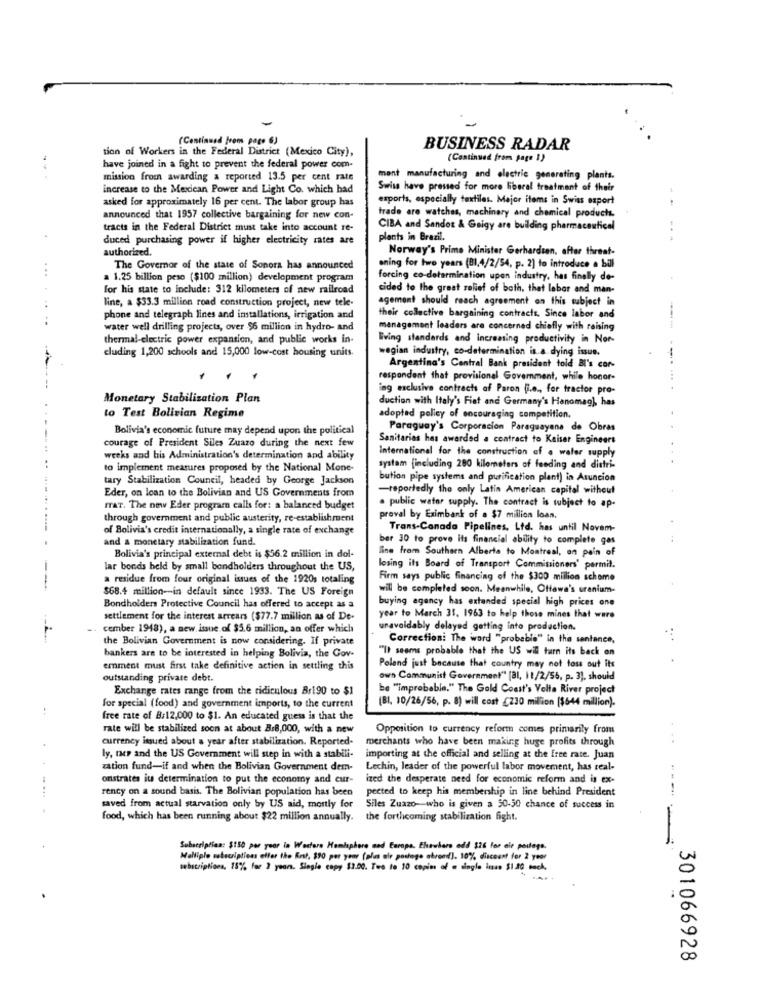
(Continued from page 6)
tion of Workers in the Federal District (Mexico City),
BUSINESS RADAR
(Continued from page 1)
have joined in a fight to prevent the federal power com-
mission from awarding a reported 13.5 per cent rate
mont manufacturing and electric generating plants.
increase to the Mexican Power and Light Co. which had
Swiss have pressed for more liberal treatment of their
asked for approximately 16 per cent. The labor group has
exports, especially textiles. Major items in Swiss export
announced that 1957 collective bargaining for new con-
trade are watches, machinery and chemical products.
tracts in the Federal District must take into account re-
CIBA and Sandot & Geigy are building pharmaceutical
duced purchasing power if higher electricity rates are
plants in Brazil.
---
authorized.
Norway's Prime Minister Gerhardsen, after threat-
...
The Governor of the state of Sonora has announced
ening for two years (81,4/2/54, p. 2) to introduce . bill
. 1.25 billion peso ($100 million) development program
forcing co-determination upan industry, has finally de-
for his state to include: 312 kilometers of new railroad
cided to the great relief of both, that labor and man-
line, a $33.3 million road construction project, new tele-
agement should reach agreement on this subject in
phone and telegraph lines and installations, irrigation and
their collective bargaining contracts. Since labor and
water well drilling projects, over $6 million in hydro- and
management leaders are concerned chiefly with raising
thermal-electric power expansion, and public works in-
living standards and increasing productivity in Nor-
wegian industry, co-determination is a dying issue.
cluding 1,200 schools and 15,000 low-cost housing units.
Argentina's Central Bank president told BI's cor-
respondent that provisional Government, while honor-
ing exclusive contracts af Paron fi.e ., for tractor pro-
Monetary Stabilization Plan
duction with Italy's Fiat and Germany's Hanomag), has
to Test Bolivian Regime
adopted policy of encouraging competition.
Bolivia's economic future may depend upon the political
Paraguay's Corporacion Paraguayane de Obras
courage of President Siles Zuazo during the next few
Sanitarias has awarded a contract to Kaiser Engineers
International for the construction of a water supply
weeks and his Administration's determination and ability
to implement measures proposed by the National Mone-
systam (including 280 kilometers of feeding and distri-
tary Stabilization Council, headed by George Jackson
bution pipe systems and purification plant) in Asuncion
Eder, on loan to the Bolivian and US Governments from
-reportedly the only Latin American capital without
rar. The new Eder program calls for: a balanced budget
. public water supply. The contract is subject to ap-
through government and public austerity, re-establishment
preval by Eximbank of a $7 million loan.
of Bolivia's credit internationally, a single rate of exchange
Trans-Canada Pipelines, Ltd. has until Novem-
and a monetary stabilization fund.
ber 30 to prove its financial ability to complete gas
line from Southern Alberta to Montreal, on pain of
Bolivia's principal external debt is $56.2 million in dol-
lar bonds held by small bondholders throughout the US,
losing its Board of Transport Commissioners' permit.
a residue from four original issues of the 1920s totaling
Firm says public financing of the $300 million scheme
$68.4 million-in default since 1933. The US Foreign
will be completed soon. Meanwhile, Ottawa's uranium-
buying agency has extended special high prices one
Bondholders Protective Council has offered to accept as a
settlement for the interest arrears ($77.7 million as of De-
year to March 31. 1963 to help those mines that were
cember 1948), a new issue of $5.6 million, an offer which
unavoidably delayed getting into production.
the Bolivian Government is now considering. If private
Correction: The word "probable" in the sentance,
bankers are to be interested in helping Bolivia, the Gov-
"It seems probable that the US will turn its back on
emment must first take definitive action in settling this
Poland just because that country may not toss out its
outstanding private debt.
own Communist Government" (a1, 11/2/55, p. 3). should
Exchange rates range from the ridiculous Br190 to $1
be "improbable." The Gold Coast's Volta River project
for special (food) and government imports, to the current
(81, 10/26/56, p. 8) will cost (230 million [$644 million).
free rate of B:12,000 to $1. An educated guess is that the
rate will be stabilized soon at about Bs8,000, with a new
Opposition to currency reform comes primarily from
currency issued about a year after stabilization. Reported-
merchants who have been making huge profits through
ly, ter and the US Government will step in with a stabili-
importing at the official and selling at the free rate. Juan
zation fund-if and when the Bolivian Government dem-
Lechin, leader of the powerful labor movement, has real-
onstrates its determination to put the economy and cur-
ized the desperate need for economic reform and is ex-
rency on a sound basis. The Bolivian population has been
pected to keep his membership in line behind President
----
saved from actual starvation only by US aid, mostly for
Siles Zuazo-who is given a 50-50 chance of success in
food, which has been running about $22 million annually. the forthcoming stabilization fight.
Subscription: $150 per year la Western Hemisphere nad Europa. Ehewiers odd $26 for cie posters.
Malliple istocriptions offer the First, $90 per year (plus air postage atvand). 10% discount for 2 year
301066928